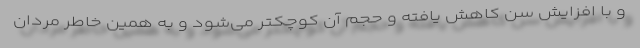
و با افزایش سن کاهش یافته و حجم آن کوچکتر می‌شود و به همین خاطر مردان